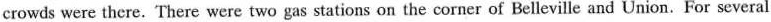
crowds were there. There were two gas stations on the corner of Belleville and Union.For several